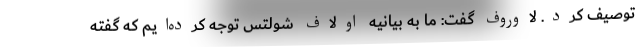
توصیف کرد. لاوروف گفت: ما به بیانیه اولاف شولتس توجه کرده‌ایم که گفته